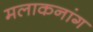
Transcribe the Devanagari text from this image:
मलाकनांग